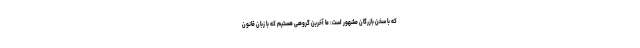
که با سخن بازرگان مشهور است: ما آخرین گروهی هستیم که با زبان قانون